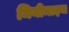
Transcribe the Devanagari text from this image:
मिनीमाइज